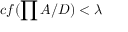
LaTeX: c f ( \prod A / D ) < \lambda